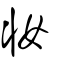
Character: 粧